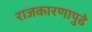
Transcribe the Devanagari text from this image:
राजकारणापुढे